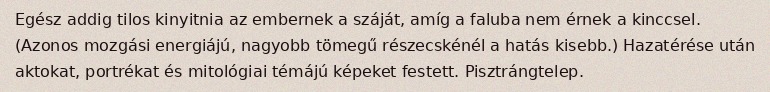
Egész addig tilos kinyitnia az embernek a száját, amíg a faluba nem érnek a kinccsel. (Azonos mozgási energiájú, nagyobb tömegű részecskénél a hatás kisebb.) Hazatérése után aktokat, portrékat és mitológiai témájú képeket festett. Pisztrángtelep.